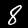
Label: 8